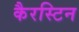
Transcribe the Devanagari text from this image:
कैरस्टिन